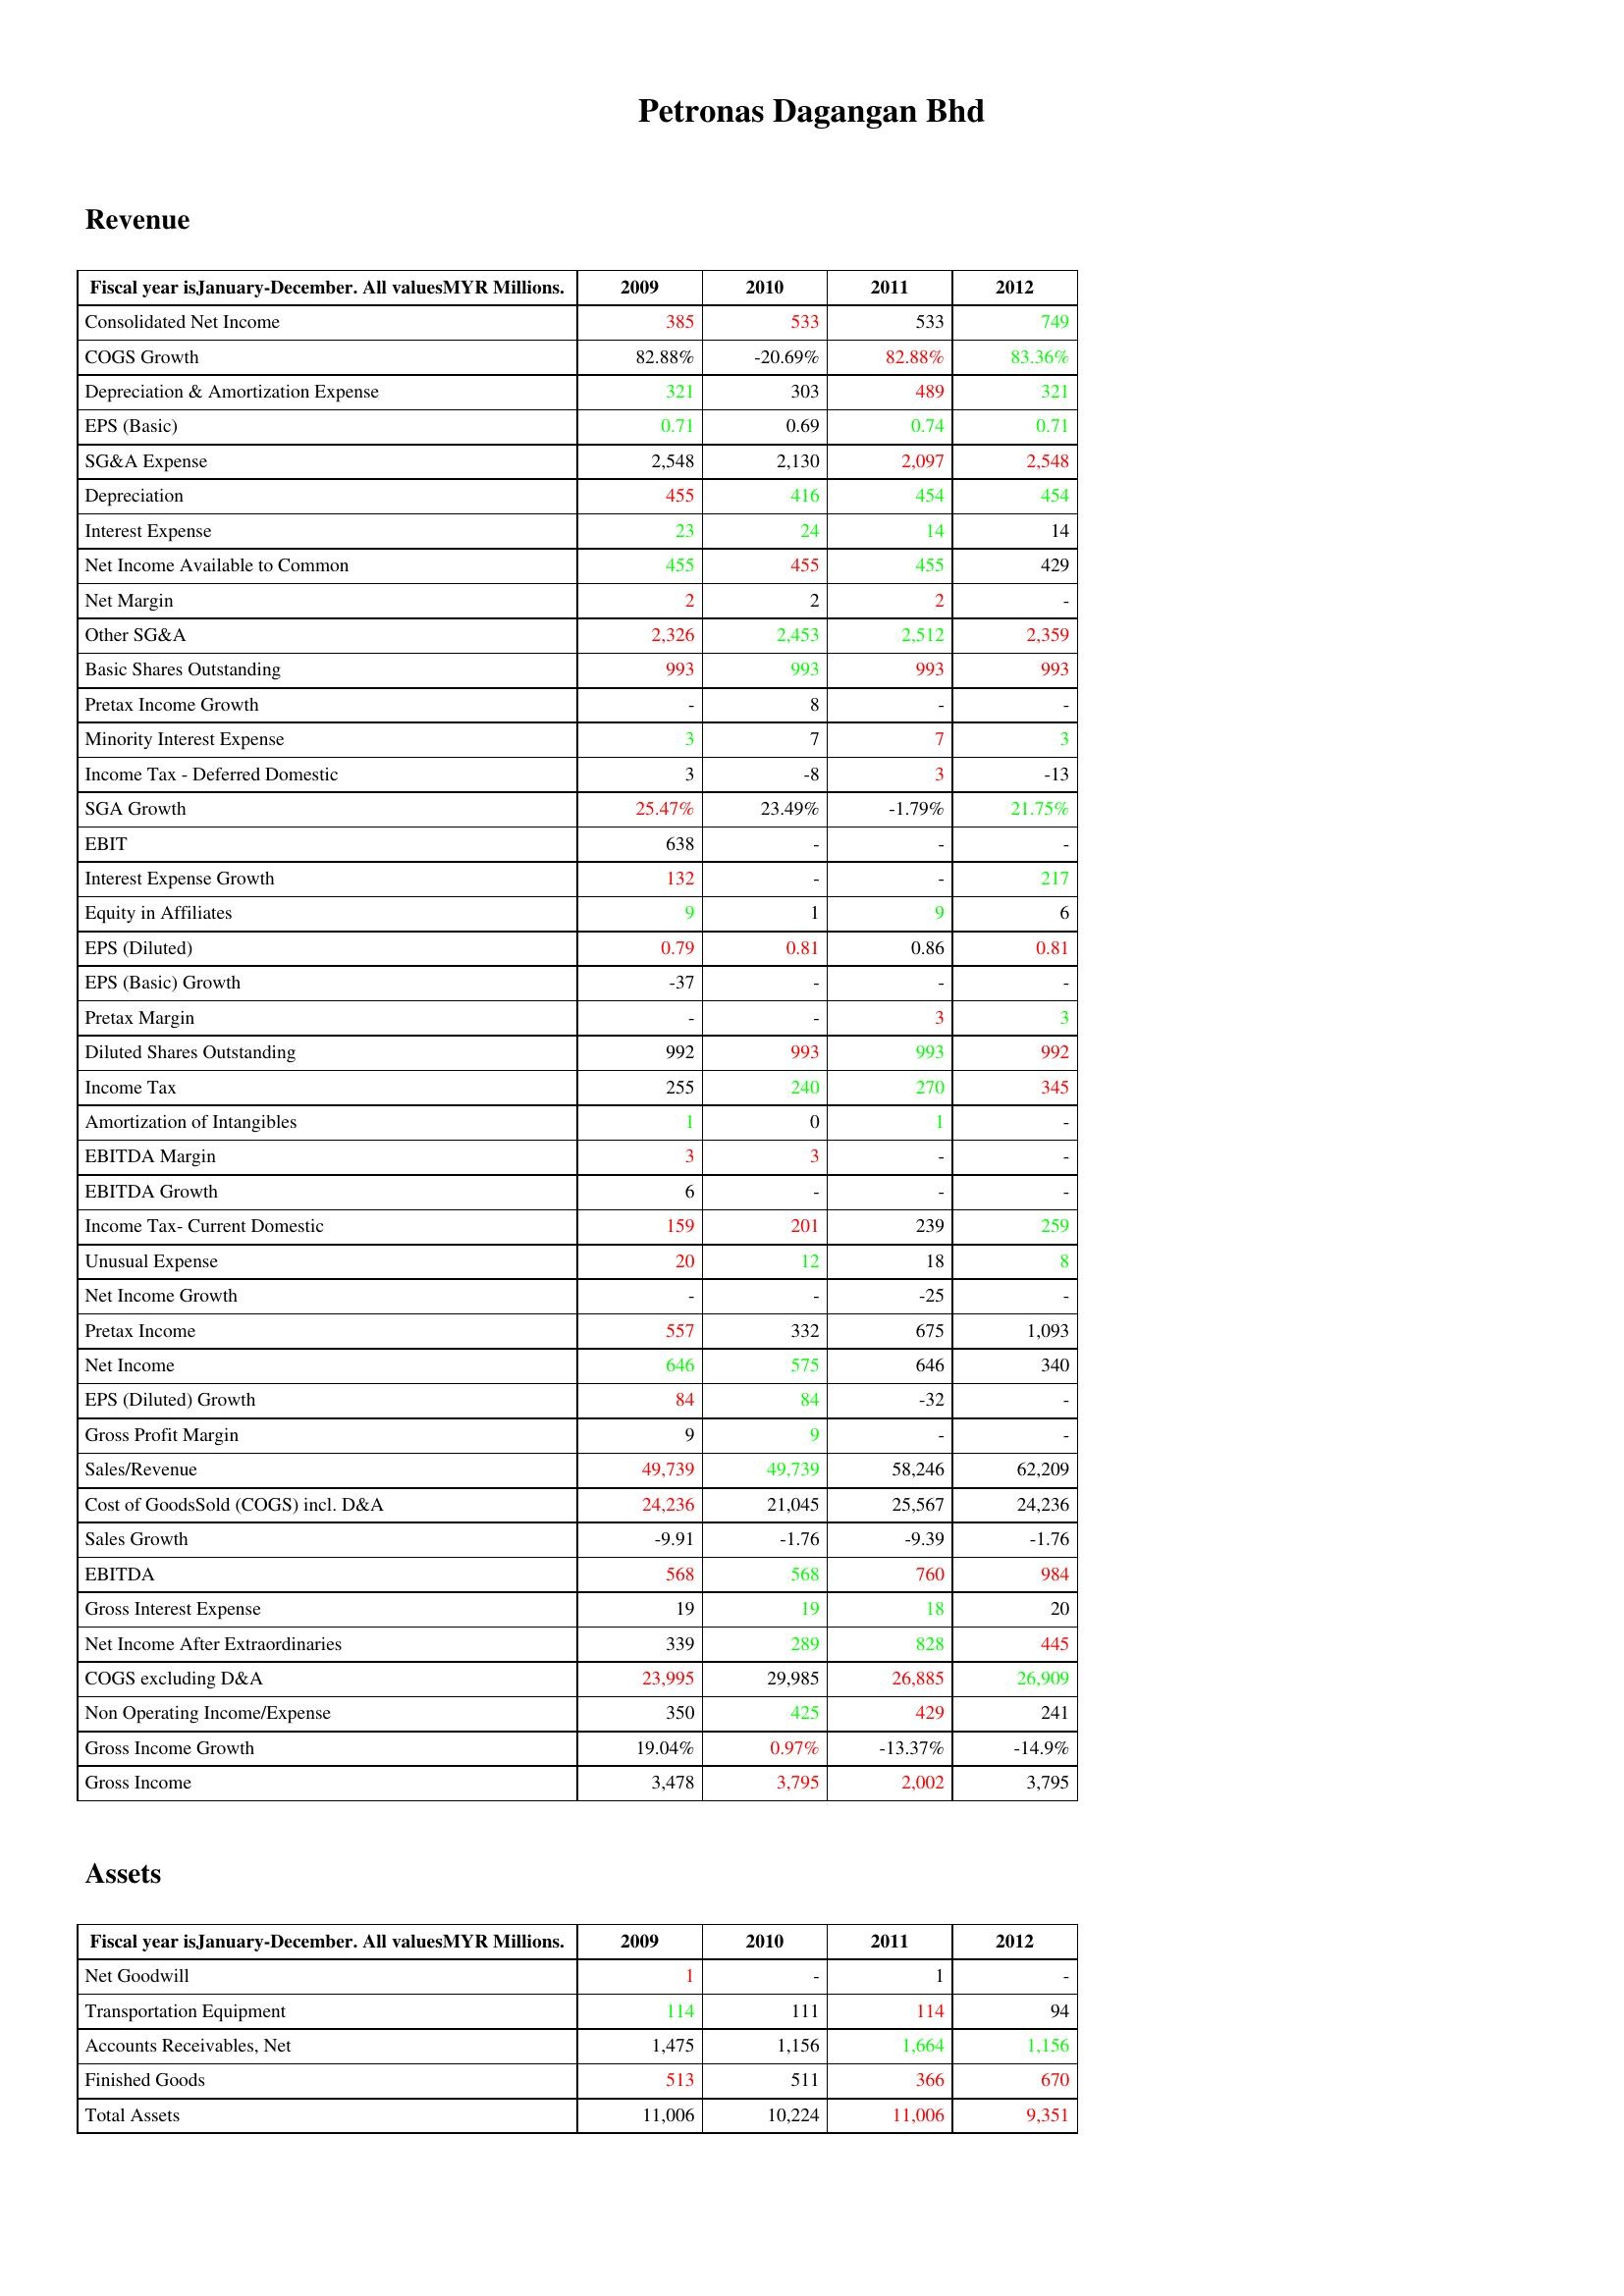
gt_parse: 2009: Revenue: Consolidated Net Income: 385
COGS Growth: 82.88%
Depreciation & Amortization Expense: 321
EPS (Basic): 0.71
SG&A Expense: 2,548
Depreciation: 455
Interest Expense: 23
Net Income Available to Common: 455
Net Margin: 2
Other SG&A: 2,326
Basic Shares Outstanding: 993
Pretax Income Growth: -
Minority Interest Expense: 3
Income Tax - Deferred Domestic: 3
SGA Growth: 25.47%
EBIT: 638
Interest Expense Growth: 132
Equity in Affiliates: 9
EPS (Diluted): 0.79
EPS (Basic) Growth: -37
Pretax Margin: -
Diluted Shares Outstanding: 992
Income Tax: 255
Amortization of Intangibles: 1
EBITDA Margin: 3
EBITDA Growth: 6
Income Tax- Current Domestic: 159
Unusual Expense: 20
Net Income Growth: -
Pretax Income: 557
Net Income: 646
EPS (Diluted) Growth: 84
Gross Profit Margin: 9
Sales/Revenue: 49,739
Cost of GoodsSold (COGS) incl. D&A: 24,236
Sales Growth: -9.91
EBITDA: 568
Gross Interest Expense: 19
Net Income After Extraordinaries: 339
COGS excluding D&A: 23,995
Non Operating Income/Expense: 350
Gross Income Growth: 19.04%
Gross Income: 3,478
Assets: Net Goodwill: 1
Transportation Equipment: 114
Accounts Receivables, Net: 1,475
Finished Goods: 513
Total Assets: 11,006
2010: Revenue: Consolidated Net Income: 533
COGS Growth: -20.69%
Depreciation & Amortization Expense: 303
EPS (Basic): 0.69
SG&A Expense: 2,130
Depreciation: 416
Interest Expense: 24
Net Income Available to Common: 455
Net Margin: 2
Other SG&A: 2,453
Basic Shares Outstanding: 993
Pretax Income Growth: 8
Minority Interest Expense: 7
Income Tax - Deferred Domestic: -8
SGA Growth: 23.49%
EBIT: -
Interest Expense Growth: -
Equity in Affiliates: 1
EPS (Diluted): 0.81
EPS (Basic) Growth: -
Pretax Margin: -
Diluted Shares Outstanding: 993
Income Tax: 240
Amortization of Intangibles: 0
EBITDA Margin: 3
EBITDA Growth: -
Income Tax- Current Domestic: 201
Unusual Expense: 12
Net Income Growth: -
Pretax Income: 332
Net Income: 575
EPS (Diluted) Growth: 84
Gross Profit Margin: 9
Sales/Revenue: 49,739
Cost of GoodsSold (COGS) incl. D&A: 21,045
Sales Growth: -1.76
EBITDA: 568
Gross Interest Expense: 19
Net Income After Extraordinaries: 289
COGS excluding D&A: 29,985
Non Operating Income/Expense: 425
Gross Income Growth: 0.97%
Gross Income: 3,795
Assets: Net Goodwill: -
Transportation Equipment: 111
Accounts Receivables, Net: 1,156
Finished Goods: 511
Total Assets: 10,224
2011: Revenue: Consolidated Net Income: 533
COGS Growth: 82.88%
Depreciation & Amortization Expense: 489
EPS (Basic): 0.74
SG&A Expense: 2,097
Depreciation: 454
Interest Expense: 14
Net Income Available to Common: 455
Net Margin: 2
Other SG&A: 2,512
Basic Shares Outstanding: 993
Pretax Income Growth: -
Minority Interest Expense: 7
Income Tax - Deferred Domestic: 3
SGA Growth: -1.79%
EBIT: -
Interest Expense Growth: -
Equity in Affiliates: 9
EPS (Diluted): 0.86
EPS (Basic) Growth: -
Pretax Margin: 3
Diluted Shares Outstanding: 993
Income Tax: 270
Amortization of Intangibles: 1
EBITDA Margin: -
EBITDA Growth: -
Income Tax- Current Domestic: 239
Unusual Expense: 18
Net Income Growth: -25
Pretax Income: 675
Net Income: 646
EPS (Diluted) Growth: -32
Gross Profit Margin: -
Sales/Revenue: 58,246
Cost of GoodsSold (COGS) incl. D&A: 25,567
Sales Growth: -9.39
EBITDA: 760
Gross Interest Expense: 18
Net Income After Extraordinaries: 828
COGS excluding D&A: 26,885
Non Operating Income/Expense: 429
Gross Income Growth: -13.37%
Gross Income: 2,002
Assets: Net Goodwill: 1
Transportation Equipment: 114
Accounts Receivables, Net: 1,664
Finished Goods: 366
Total Assets: 11,006
2012: Revenue: Consolidated Net Income: 749
COGS Growth: 83.36%
Depreciation & Amortization Expense: 321
EPS (Basic): 0.71
SG&A Expense: 2,548
Depreciation: 454
Interest Expense: 14
Net Income Available to Common: 429
Net Margin: -
Other SG&A: 2,359
Basic Shares Outstanding: 993
Pretax Income Growth: -
Minority Interest Expense: 3
Income Tax - Deferred Domestic: -13
SGA Growth: 21.75%
EBIT: -
Interest Expense Growth: 217
Equity in Affiliates: 6
EPS (Diluted): 0.81
EPS (Basic) Growth: -
Pretax Margin: 3
Diluted Shares Outstanding: 992
Income Tax: 345
Amortization of Intangibles: -
EBITDA Margin: -
EBITDA Growth: -
Income Tax- Current Domestic: 259
Unusual Expense: 8
Net Income Growth: -
Pretax Income: 1,093
Net Income: 340
EPS (Diluted) Growth: -
Gross Profit Margin: -
Sales/Revenue: 62,209
Cost of GoodsSold (COGS) incl. D&A: 24,236
Sales Growth: -1.76
EBITDA: 984
Gross Interest Expense: 20
Net Income After Extraordinaries: 445
COGS excluding D&A: 26,909
Non Operating Income/Expense: 241
Gross Income Growth: -14.9%
Gross Income: 3,795
Assets: Net Goodwill: -
Transportation Equipment: 94
Accounts Receivables, Net: 1,156
Finished Goods: 670
Total Assets: 9,351